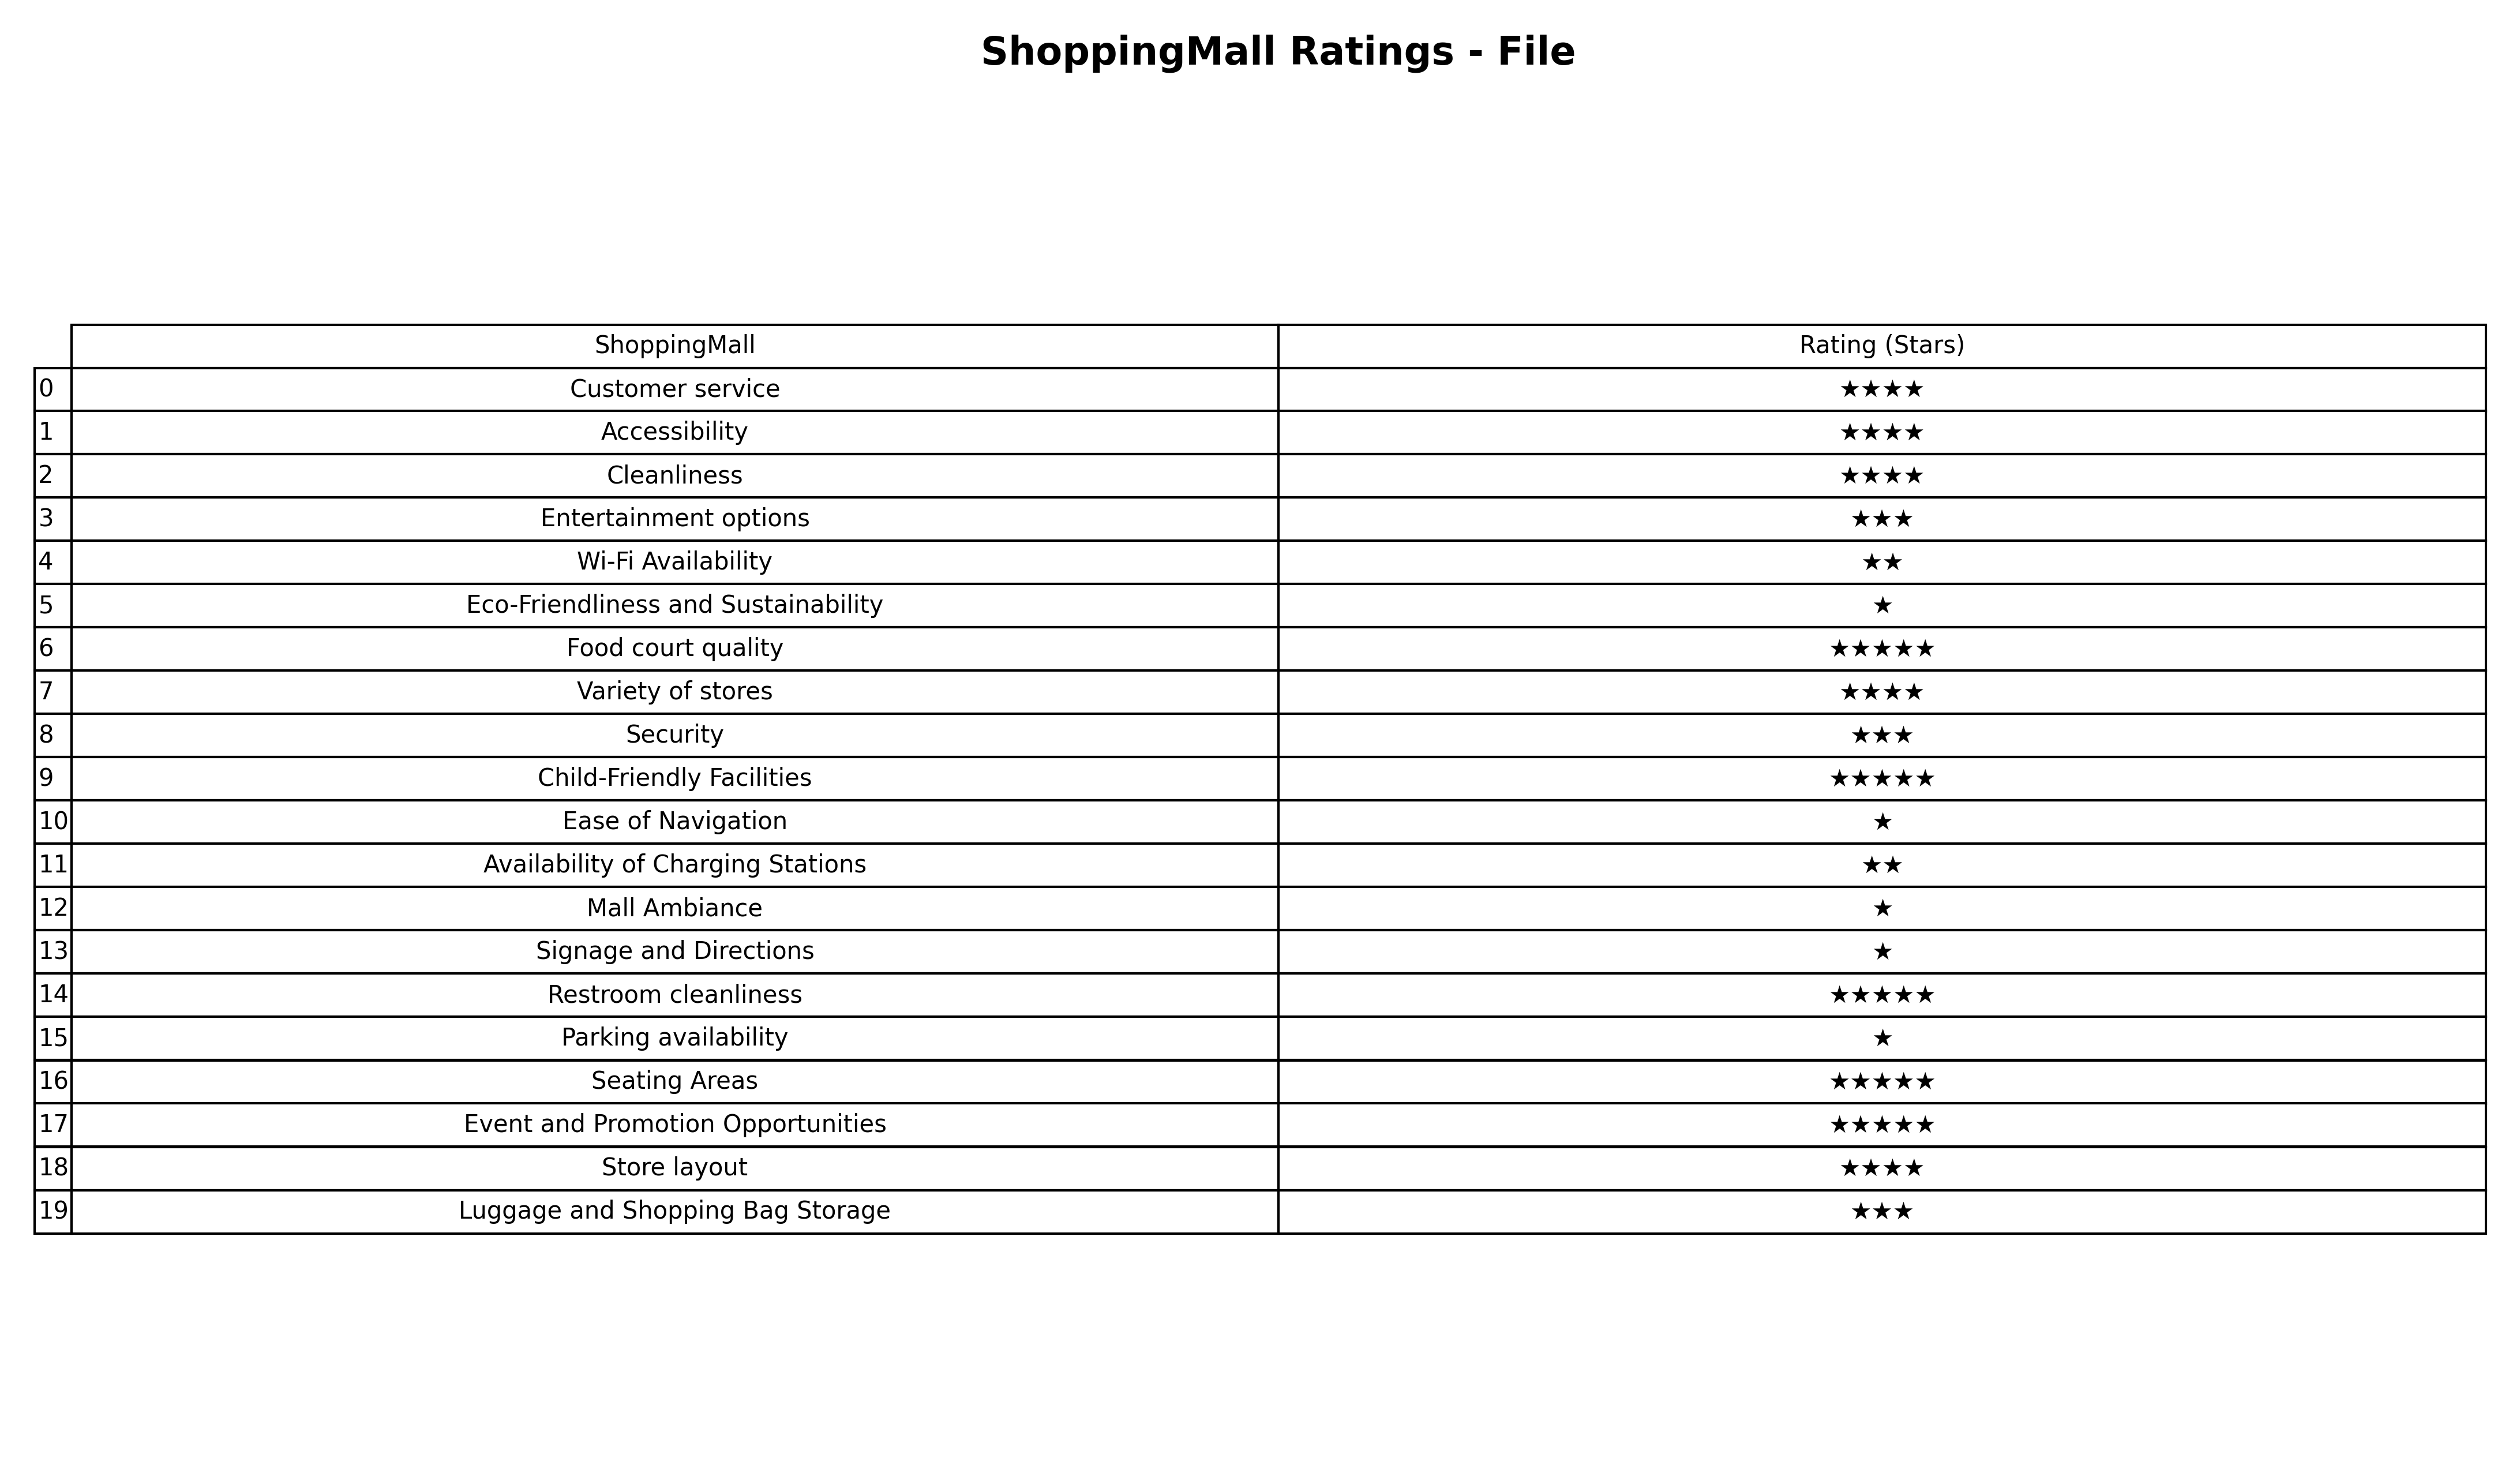
question: What is the rating of Signage and Directions?
answer: ★